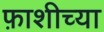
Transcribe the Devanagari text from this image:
फ़ाशीच्या